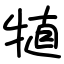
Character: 犆